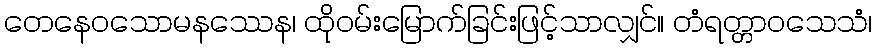
တေနေဝသောမနဿေန၊ ထိုဝမ်းမြောက်ခြင်းဖြင့်သာလျှင်။ တံရတ္တာဝသေသံ၊